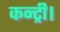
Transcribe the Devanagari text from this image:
कन्ट्री।